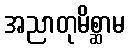
အညာတုမိစ္ဆာမ